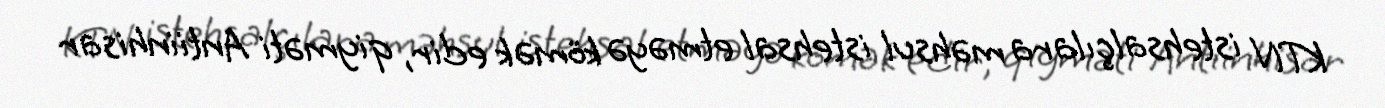
KTN istehsalçılara məhsul istehsal etməyə kömək edir, qiyməti Antiinhisar